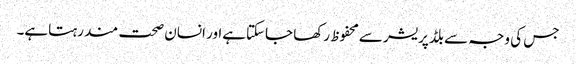
جس کی وجہ سے بلڈپریشر سےمحفوظ رکھا جاسکتاہےاور انسان صحت مند رہتاہے۔